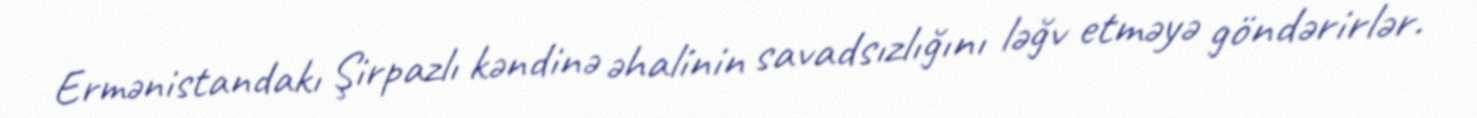
Ermənistandakı Şirpazlı kəndinə əhalinin savadsızlığını ləğv etməyə göndərirlər.